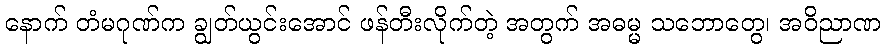
နောက် တံမဂုဏ်က ချွတ်ယွင်းအောင် ဖန်တီးလိုက်တဲ့ အတွက် အဓမ္မ သဘောတွေ၊ အဝိညာဏ